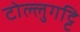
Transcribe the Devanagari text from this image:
टोल्लुगट्टि